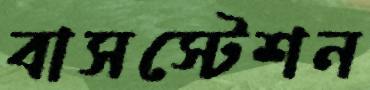
বাসস্টেশন